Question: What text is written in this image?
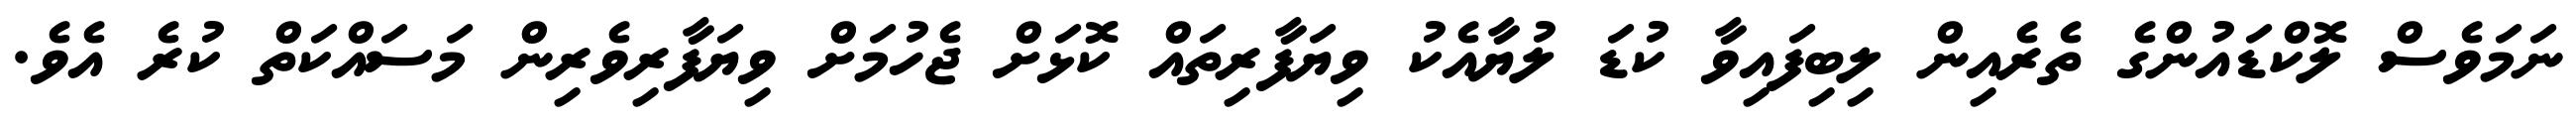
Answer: ނަމަވެސް ލޮކްޑައުންގެ ތެރެއިން ލިބިފައިވާ ކުޑަ ލުޔާއެކު ވިޔަފާރިތައް ކޮޅަށް ޖެހުމަށް ވިޔަފާރިވެރިން މަސައްކަތް ކުރެ އެވެ.